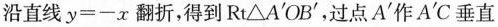
沿直线$$y = - x$$翻折，得到Rt△A'OB'，过点A'作A'C垂直